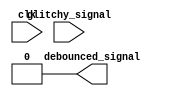
module debouncer #(
    parameter width = 1,
    parameter sample_count_max = 25000,
    parameter pulse_count_max = 150,
    parameter wrapping_counter_width = $clog2(sample_count_max),
    parameter saturating_counter_width = $clog2(pulse_count_max))
(
    input clk,
    input [width-1:0] glitchy_signal,
    output [width-1:0] debounced_signal
);
    // Create your debouncer circuit
    // The debouncer takes in a bus of 1-bit synchronized, but glitchy signals
    // and should output a bus of 1-bit signals that hold high when their respective counter saturates

    // Remove this line once you create your synchronizer
    assign debounced_signal = 0;
endmodule